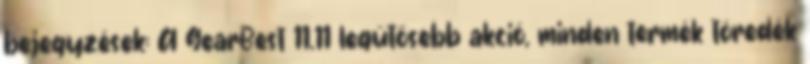
bejegyzések: A GearBest 11.11 legütősebb akció, minden termék töredék